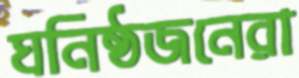
ঘনিষ্ঠজনেরা